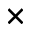
\times